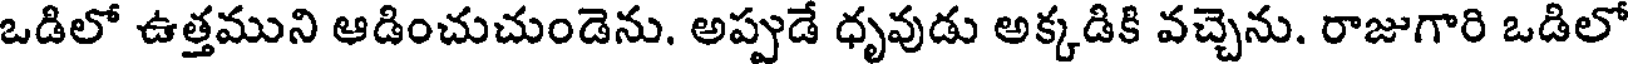
ఒడిలో ఉత్తముని ఆడించుచుండెను. అప్పుడే ధృవుడు అక్కడికి వచ్చెను. రాజుగారి ఒడిలో